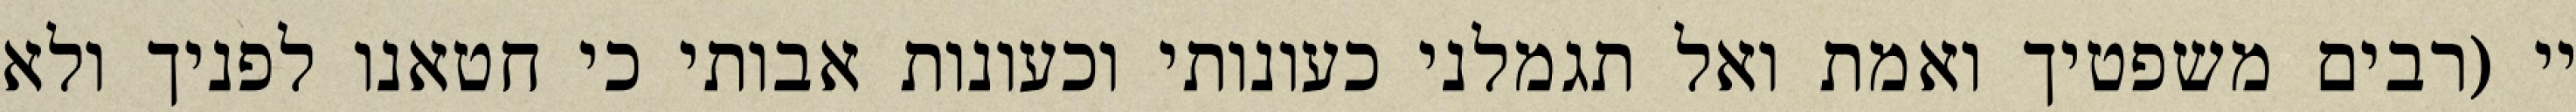
יי (רבים משפטיך ואמת ואל תגמלני כעונותי וכעונות אבותי כי חטאנו לפניך ולא